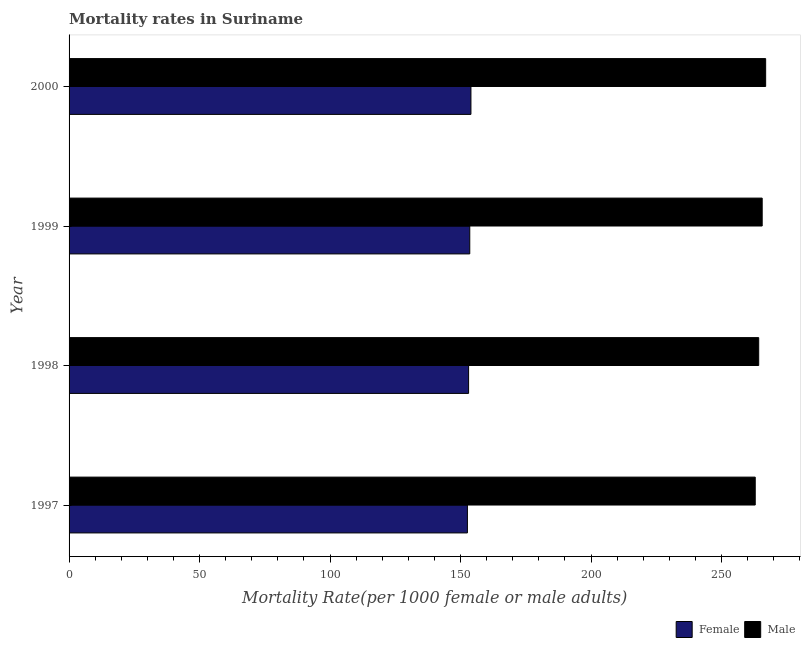
| Year | Female | Male |
 | --- | --- | --- |
 | 1997 | 153 | 263 |
 | 1998 | 153 | 264 |
 | 1999 | 154 | 266 |
 | 2000 | 154 | 267 |